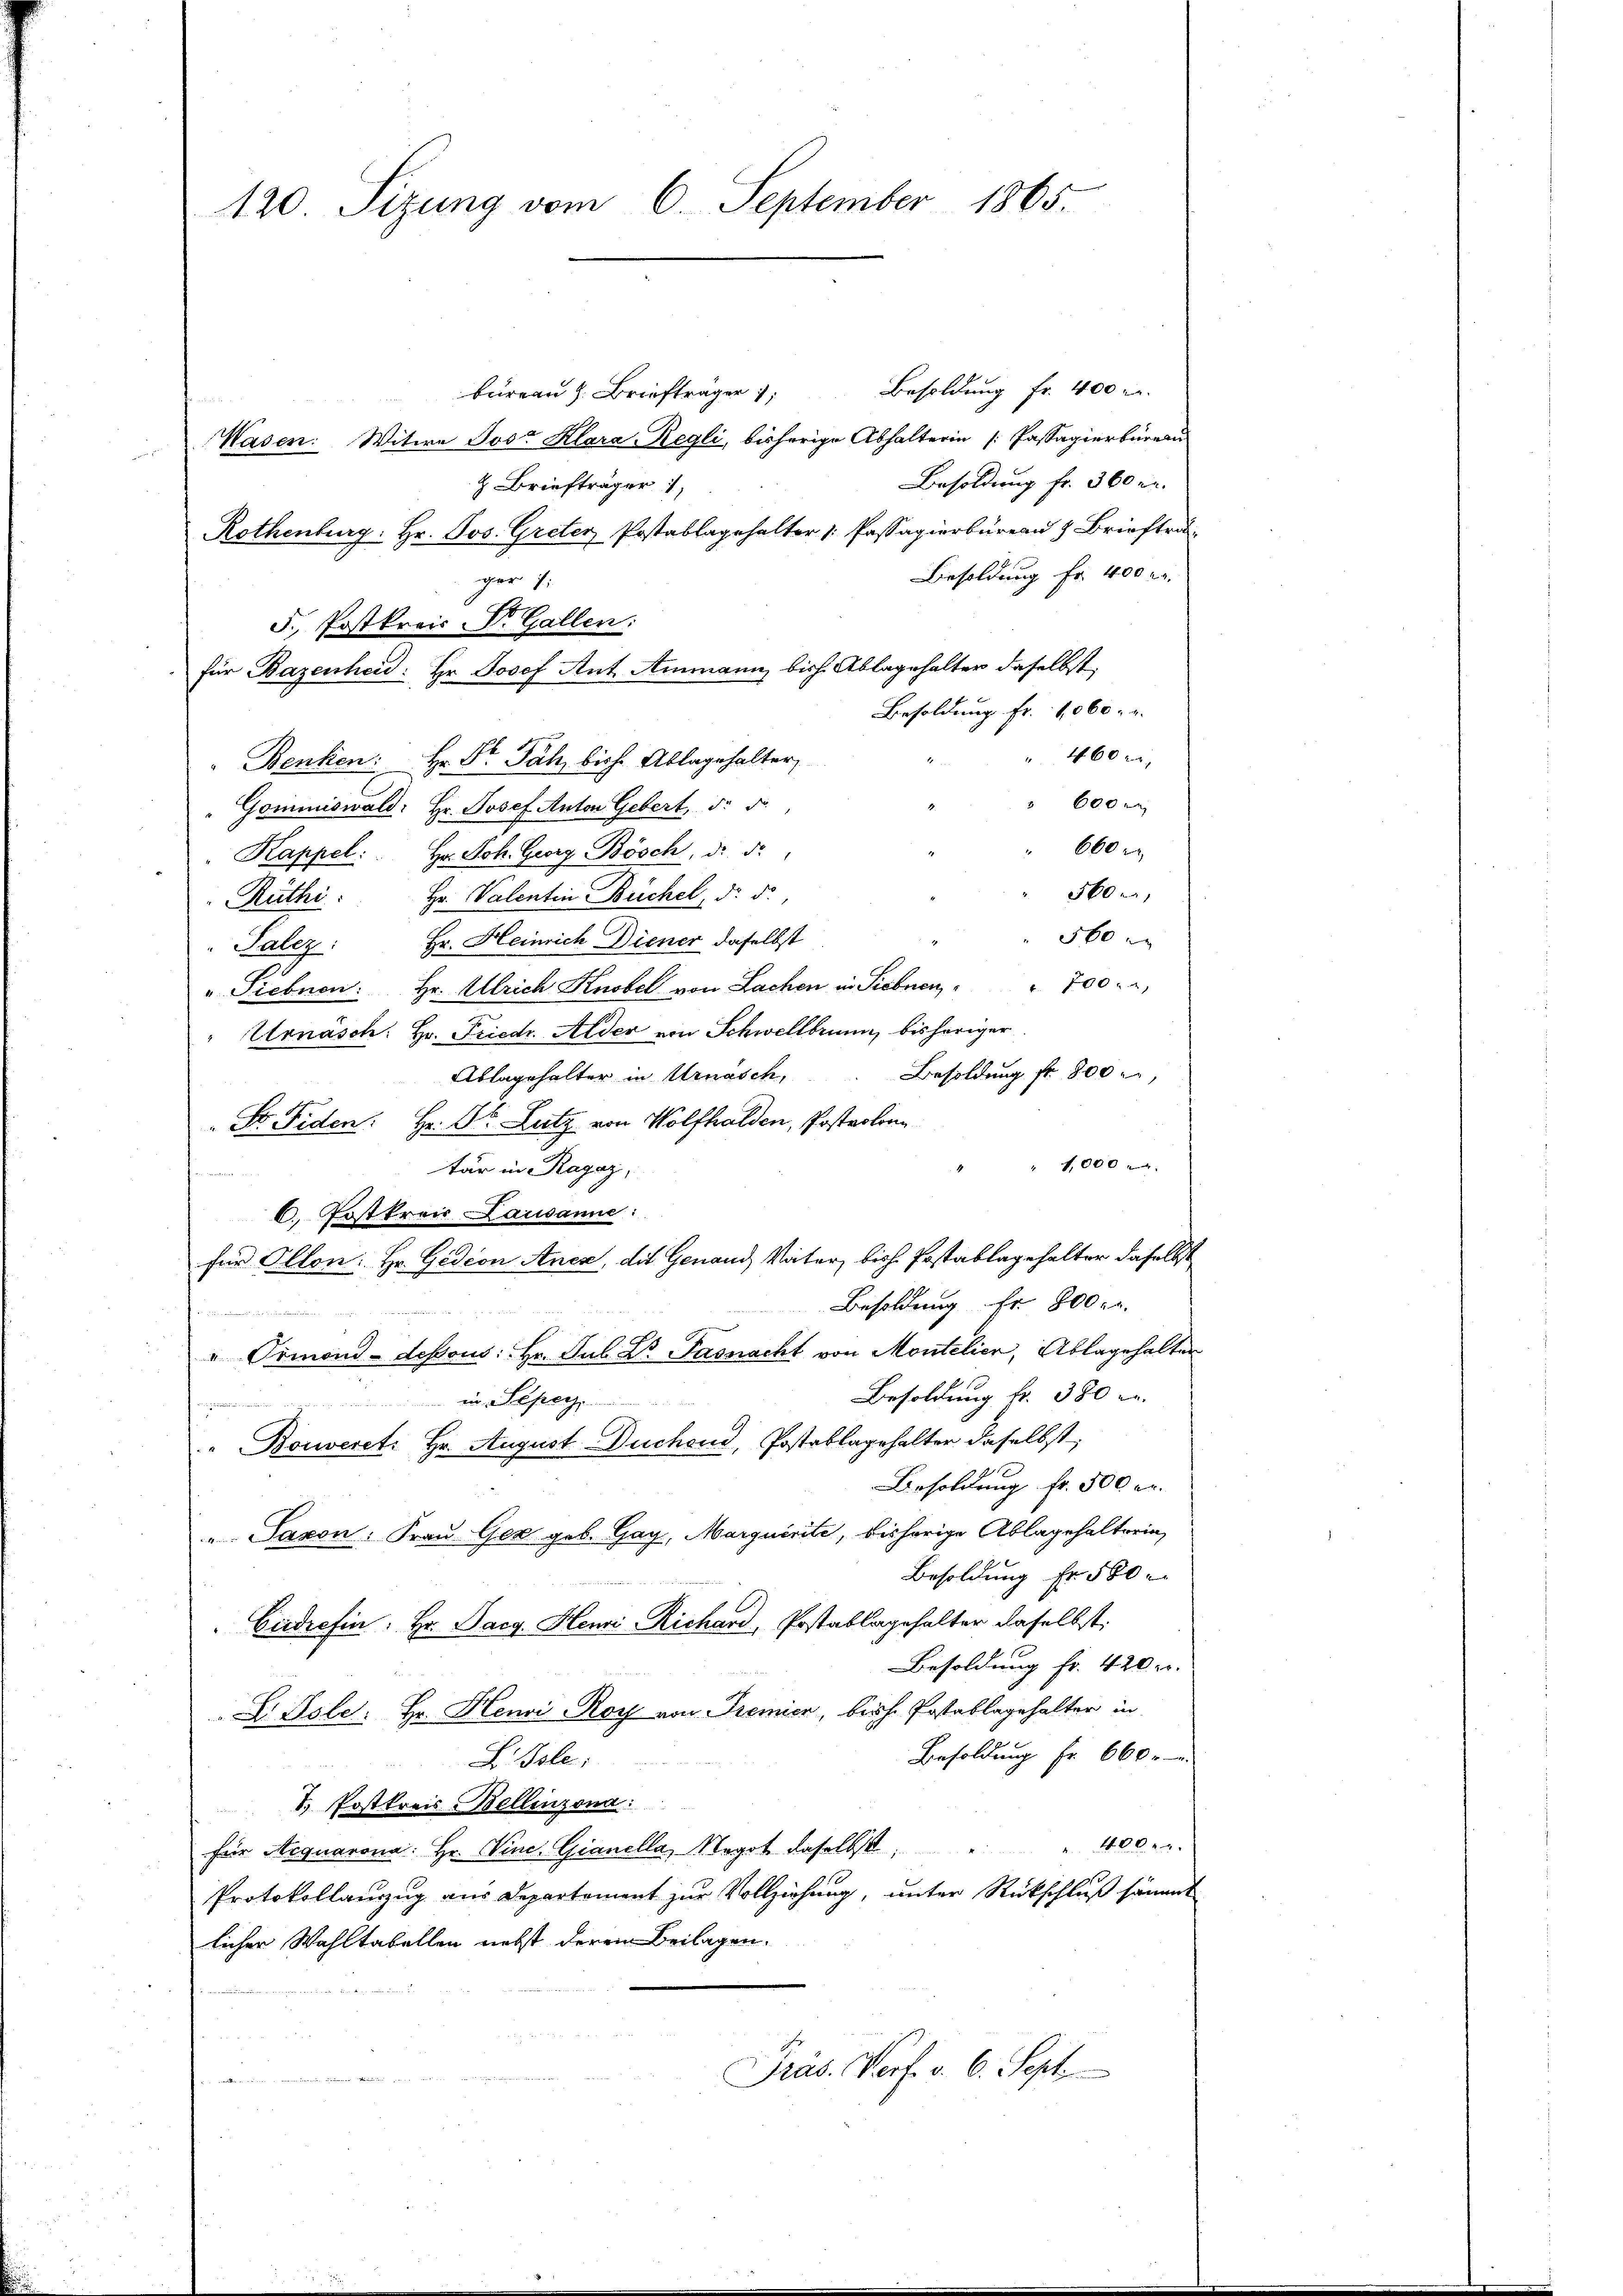
120. Sizung vom 6. September 1865.

Besoldung fr. 400 l.
bureau z. Briefträger
Wasen. Witwe Jost Klara Regli, bisherige Abhalterin (Passagierbüreau
¬
Besoldung fr. 360 un
H. Briefträger 1
Rothenburg: Hr. Jos. Greter Postablagehalter 1. Passagierbüreau & Brieftra
Besoldung Fr. 400 M.
gar
F. Postkreis Dr. Gallen:
für Bazenheid: Hr. Josef Ant. Ammann bisch. Ablagehalter daselbst,
Besoldung fr. 1060.
" 460 xr.
Benken: Hr. Dr. Fäh, bische Ablagehalter,
" 600 x
Gommiswald: Hr. Josef Anton Gebert, d. d.
" 600 r
Kappel: Hr. Joh. Georg Bösch, d. d.
560 x
Rüthi: Hr. Valentin Büchel, d. d.
560
Palez: Hr. Heinrich Diener daselbst
" Siebnen: Hr. Ulrich Knobel von Lachen in Siebnen " " 700
Urnäsch: Hr. Friedr. Alder von Schwellbrunn, bisheriger
Besoldung fr. 800
Ablagehalter in Urnasch,
 Dr. Fiden: Hr. Dr. Lutz von Wolfhalden, Postrolonn
1,000
tär in Ragaz,
6. Postkreis Lausanne:
für Ollon: Hr. Gidion Anek, die Genaud, Vater, bish. Postablagehalter daselbst
Besoldung fr. 800. r.
" Ormond-dessous: Hr. Jul. Dr. Fasnacht von Montelier, Ablagehalten
Besoldung fr. 380 er
 in Spe
" Bonveret: Hr. August Duchend, Postablagehalter daselbst,
Besoldung fr. 500 er
Saxon. Frau Ger geb. Gay, Marquisite, bisherige Ablagehalterin,
Besoldung Fr. 560
Ciedrefin: Hr. Sarg. Henri Richard, Postablagehalter daselbst:
Besoldung fr. 420 u.
 Isle: Hr. Henvi-Rorf von Premier, bisch. Postablagehalter in
Besoldung Fr. 660
L. Isle:
d. Postkreis-Bellinzona
 400.r.
für Aequarona: Hr. Winc. Gianella, Negot daselbst,
Protokollanzug aus Departement zur Vollziehung, unter Rückschluß sämmt
licher Wahltabellen nebst derem Beilagen.
Präs. Verf. v. 6. Sept.

n